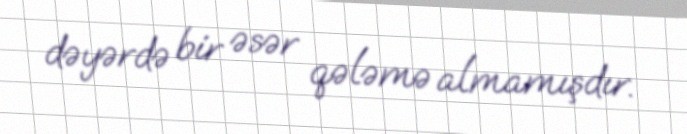
dəyərdə bir əsər qələmə almamışdır.